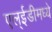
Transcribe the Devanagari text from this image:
एल्ईडीमध्ये